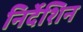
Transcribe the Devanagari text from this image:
निर्देशिन